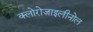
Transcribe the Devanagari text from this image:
क्लोरोज़ाइलीनोल